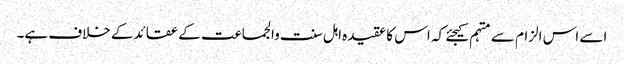
اسے اس الزام سے متہم کیجئے کہ اس کا عقیدہ اہل سنت والجماعت کے عقائدکے خلاف ہے۔